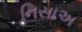
નિસાઅ